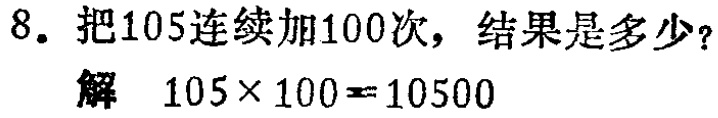
8. 把105连续加100次，结果是多少？

解 \(105\times100 = 10500\)